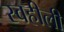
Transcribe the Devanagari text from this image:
स्वहीली